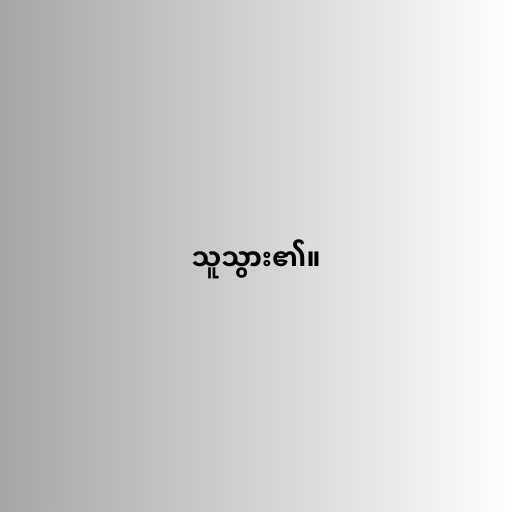
သူသွား၏။